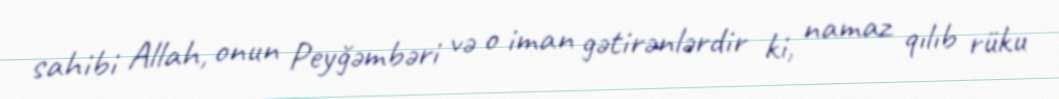
sahibi Allah, onun Peyğəmbəri və o iman gətirənlərdir ki, namaz qılıb rüku